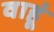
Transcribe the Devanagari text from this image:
वाहूं